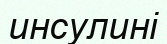
инсулині